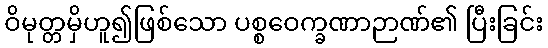
ဝိမုတ္တမှိဟူ၍ဖြစ်သော ပစ္စဝေက္ခဏာဉာဏ်၏ ပြီးခြင်း